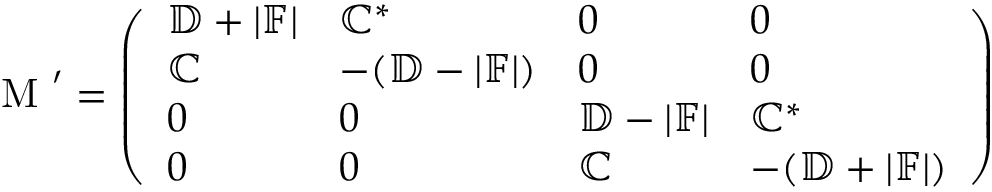
\mathrm { ~ M ~ } ^ { \prime } = \left( \begin{array} { l l l l } { \mathbb { D } + | \mathbb { F } | } & { \mathbb { C } ^ { * } } & { 0 } & { 0 } \\ { \mathbb { C } } & { - ( \mathbb { D } - | \mathbb { F } | ) } & { 0 } & { 0 } \\ { 0 } & { 0 } & { \mathbb { D } - | \mathbb { F } | } & { \mathbb { C } ^ { * } } \\ { 0 } & { 0 } & { \mathbb { C } } & { - ( \mathbb { D } + | \mathbb { F } | ) } \end{array} \right)